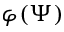
\varphi ( \Psi )